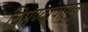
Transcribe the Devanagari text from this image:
चिमण्यांपासून